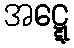
အဋ္ဋေ